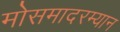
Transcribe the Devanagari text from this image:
मोसमादरम्यान